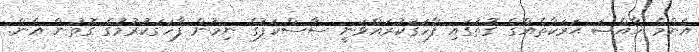
އެންމެ ޚާއްޞަ ޙަރަކާތެއްގެ ގޮތުގައި ފާހަގަކުރައްވަނީ ސާސްކަފުގެ ނިމުން ފާހަގަކުރުމުގެ ގޮތުން އެން.